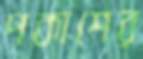
পকাশের